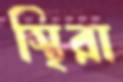
স্থিরা